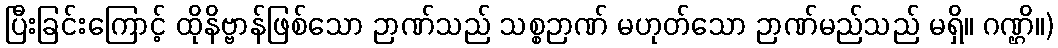
ပြီးခြင်းကြောင့် ထိုနိဗ္ဗာန်ဖြစ်သော ဉာဏ်သည် သစ္စဉာဏ် မဟုတ်သော ဉာဏ်မည်သည် မရှိ။ ဂဏ္ဌိ။)